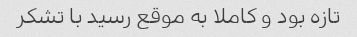
تازه بود و کاملا به موقع رسید با تشکر